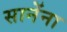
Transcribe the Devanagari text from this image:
सानेंना